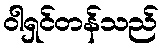
ဝါရှင်တန်သည်